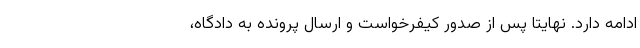
ادامه دارد. نهایتا پس از صدور کیفرخواست و ارسال پرونده به دادگاه،